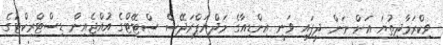
ވިކްރަމާދިތުޔަ އަށް ނަން ދީފައި ވަނީ އިންޑިއާގެ މަދްޔަޕްރަދޭޝް ސްޓޭޓްގެ އުއްޖެއިން ޑިސްޓްރިކްޓުގެ